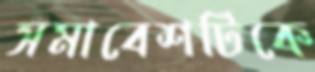
সমাবেশটিকে